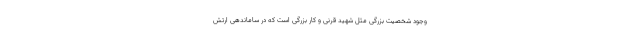
وجود شخصیت بزرگی مثل شهید قرنی و کار بزرگی است که در ساماندهی ارتش